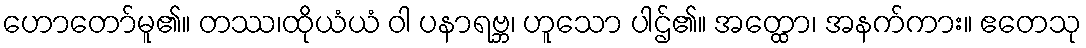
ဟောတော်မူ၏။ တဿ၊ထိုယံယံ ဝါ ပနာရဗ္ဘ၊ ဟူသော ပါဌ်၏။ အတ္ထော၊ အနက်ကား။ ဧတေသု